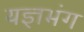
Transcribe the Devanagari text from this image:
यज्ञभंग